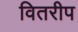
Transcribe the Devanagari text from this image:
वितरीप